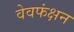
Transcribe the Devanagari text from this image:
वेवफंक्षन